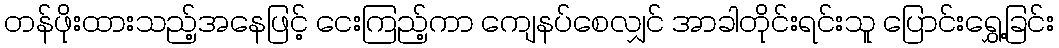
တန်ဖိုးထားသည့်အနေဖြင့် ငေးကြည့်ကာ ကျေနပ်စေလျှင် အာခါတိုင်းရင်းသူ ပြောင်းရွှေ့ခြင်း